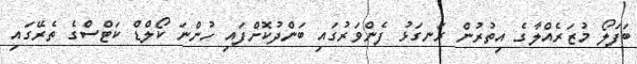
ބަފަލޯ މުޒަރެއްލާގެ އިތުރުން ރަނގަޅު ފެންވަރުގައި ބަންދުކޮށްފައި ހުންނަ ކޯލްޑް ކަޓްސްގެ ތެރޭގައި